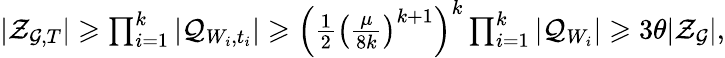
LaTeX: \begin{array}{r}{|\mathcal{Z}_{\mathcal{G},T}|\geqslant\prod_{i=1}^{k}|\mathcal{Q}_{W_{i},t_{i}}|\geqslant\left(\frac{1}{2}\left(\frac{\mu}{8k}\right)^{k+1}\right)^{k}\prod_{i=1}^{k}|\mathcal{Q}_{W_{i}}|\geqslant 3{\theta}|\mathcal{Z}_{\mathcal{G}}|,}\end{array}